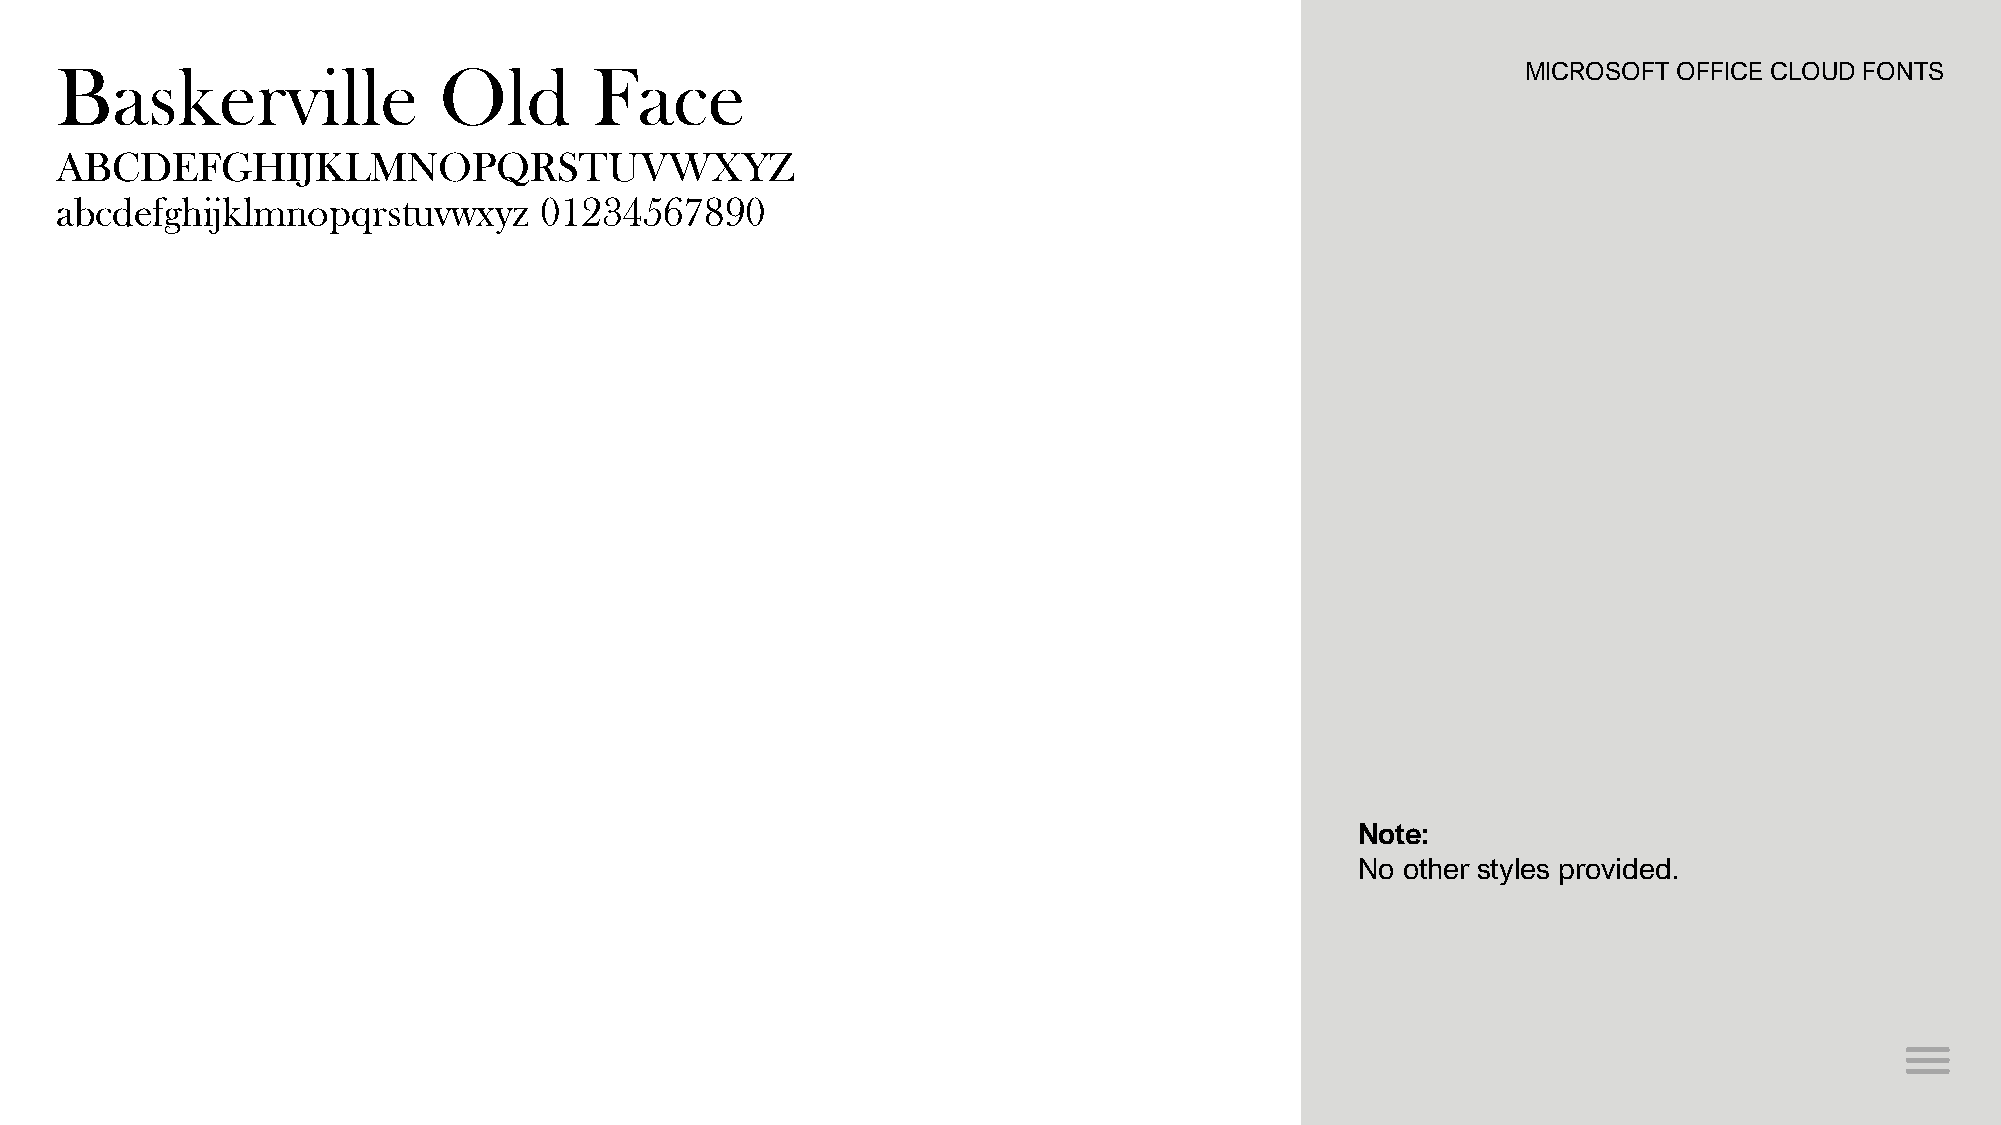
Baskerville              Old       Face                                                          MICROSOFT OFFICE CLOUD FONTS
 ABCDEFGHIJKLMNOPQRSTUVWXYZ
 abcdefghijklmnopqrstuvwxyz      01234567890
 Note:
 No other styles provided.